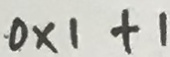
0 \times 1 + 1